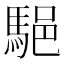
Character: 䣖